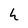
Character: h